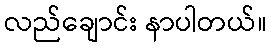
လည်ချောင်း နာပါတယ်။